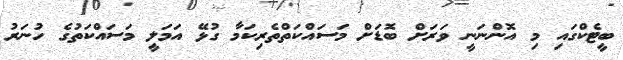
ބީޓެކްގައި މި އޮންނަނީ ވަރަށް ބޮޑަށް މަސައްކަތްތެރިކަމާ ގުޅޭ އަމަލީ މަސައްކަތުގެ ހުނަރު